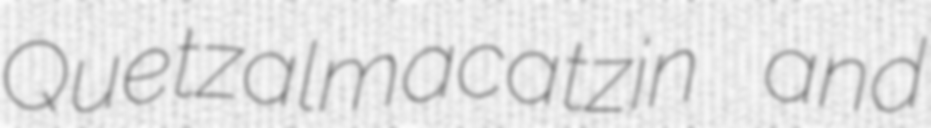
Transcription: Quetzalmacatzin and